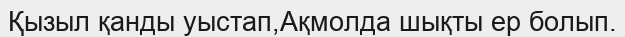
Қызыл қанды уыстап,Ақмолда шықты ер болып.